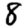
Digit: 8